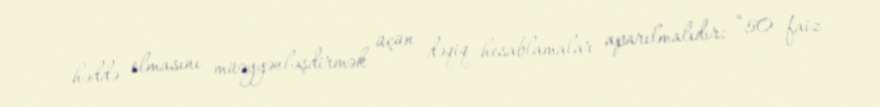
həddə olmasını müəyyənləşdirmək üçün dəqiq hesablamalar aparılmalıdır: “50 faiz